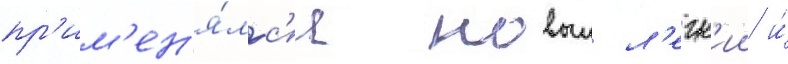
пр'им'ен'я́лс'я новыи л'егк'ии и́